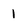
Character: 1